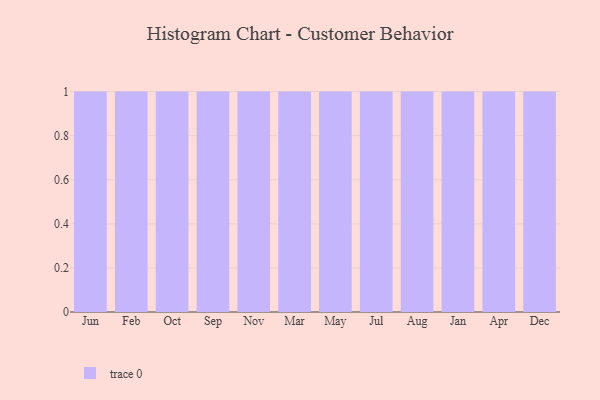
{"axis": {"x": "Month", "y": "Shipments"}, "legend": [""], "data": [{"x": "Jun", "y": 20, "type": ""}, {"x": "Feb", "y": 6, "type": ""}, {"x": "Oct", "y": 79, "type": ""}, {"x": "Sep", "y": 38, "type": ""}, {"x": "Nov", "y": 46, "type": ""}, {"x": "Mar", "y": 3, "type": ""}, {"x": "May", "y": 33, "type": ""}, {"x": "Jul", "y": 69, "type": ""}, {"x": "Aug", "y": 3, "type": ""}, {"x": "Jan", "y": 54, "type": ""}, {"x": "Apr", "y": 43, "type": ""}, {"x": "Dec", "y": 6, "type": ""}]}